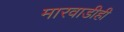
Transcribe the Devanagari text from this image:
मारवाडीही